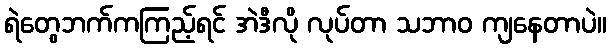
ရဲတွေဘက်ကကြည့်ရင် အဲဒီလို လုပ်တာ သဘာဝ ကျနေတာပဲ။